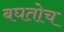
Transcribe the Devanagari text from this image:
बघतोच